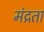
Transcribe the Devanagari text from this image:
मंद्रता